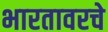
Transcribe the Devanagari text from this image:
भारतावरचे